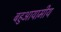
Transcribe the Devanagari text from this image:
बहुआयामीय